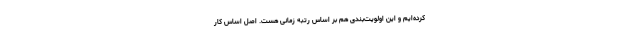
کرده‌ایم و این اولویت‌بندی هم بر اساس رتبه زمانی هست. اصل اساس کار